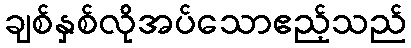
ချစ်နှစ်လိုအပ်သောဧည့်သည်